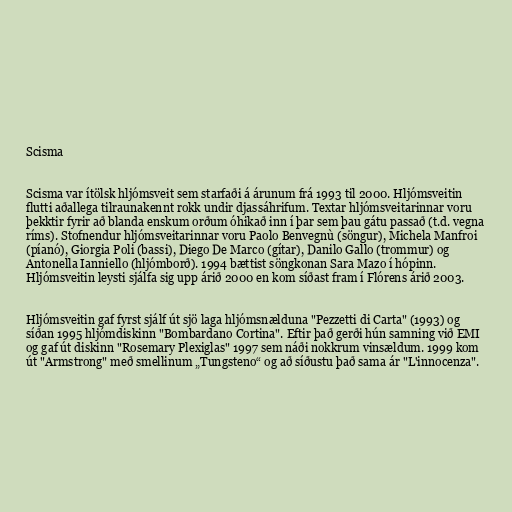
Scisma

Scisma var ítölsk hljómsveit sem starfaði á árunum frá 1993 til 2000. Hljómsveitin
flutti aðallega tilraunakennt rokk undir djassáhrifum. Textar hljómsveitarinnar voru
þekktir fyrir að blanda enskum orðum óhikað inn í þar sem þau gátu passað (t.d. vegna
ríms). Stofnendur hljómsveitarinnar voru Paolo Benvegnù (söngur), Michela Manfroi
(píanó), Giorgia Poli (bassi), Diego De Marco (gítar), Danilo Gallo (trommur) og
Antonella Ianniello (hljómborð). 1994 bættist söngkonan Sara Mazo í hópinn.
Hljómsveitin leysti sjálfa sig upp árið 2000 en kom síðast fram í Flórens árið 2003.

Hljómsveitin gaf fyrst sjálf út sjö laga hljómsnælduna "Pezzetti di Carta" (1993) og
síðan 1995 hljómdiskinn "Bombardano Cortina". Eftir það gerði hún samning við EMI
og gaf út diskinn "Rosemary Plexiglas" 1997 sem náði nokkrum vinsældum. 1999 kom
út "Armstrong" með smellinum „Tungsteno“ og að síðustu það sama ár "L'innocenza".